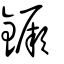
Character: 鐝